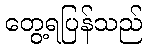
တွေ့ရပြန်သည်